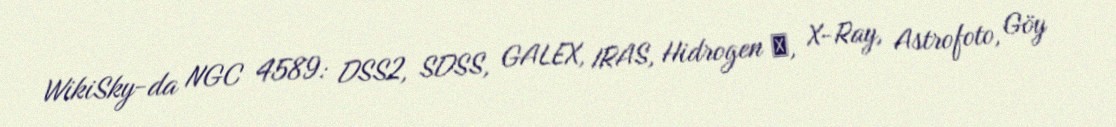
WikiSky-da NGC 4589: DSS2, SDSS, GALEX, IRAS, Hidrogen α, X-Ray, Astrofoto, Göy